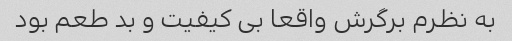
به نظرم برگرش واقعا بی کیفیت و بد طعم بود